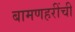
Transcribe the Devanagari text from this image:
बामणहरींची